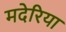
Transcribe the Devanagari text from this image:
मदेरिया